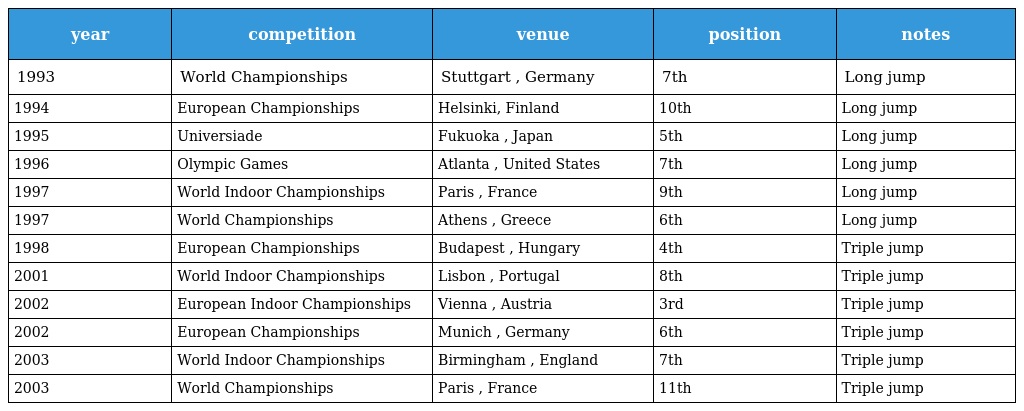
| year | competition | venue | position | notes |
 | --- | --- | --- | --- | --- |
 | 1993 | World Championships | Stuttgart , Germany | 7th | Long jump |
 | 1994 | European Championships | Helsinki, Finland | 10th | Long jump |
 | 1995 | Universiade | Fukuoka , Japan | 5th | Long jump |
 | 1996 | Olympic Games | Atlanta , United States | 7th | Long jump |
 | 1997 | World Indoor Championships | Paris , France | 9th | Long jump |
 | 1997 | World Championships | Athens , Greece | 6th | Long jump |
 | 1998 | European Championships | Budapest , Hungary | 4th | Triple jump |
 | 2001 | World Indoor Championships | Lisbon , Portugal | 8th | Triple jump |
 | 2002 | European Indoor Championships | Vienna , Austria | 3rd | Triple jump |
 | 2002 | European Championships | Munich , Germany | 6th | Triple jump |
 | 2003 | World Indoor Championships | Birmingham , England | 7th | Triple jump |
 | 2003 | World Championships | Paris , France | 11th | Triple jump |